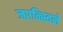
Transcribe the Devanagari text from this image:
जएन्स्विले